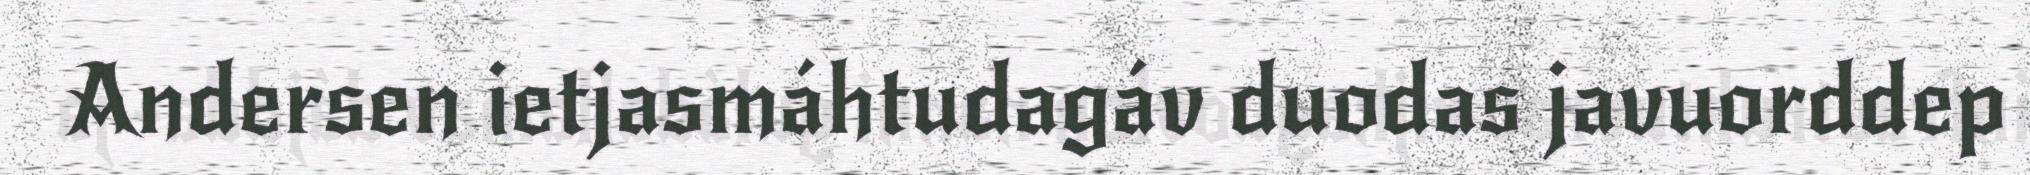
Andersen ietjasmáhtudagáv duodas javuorddep